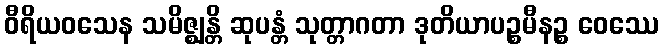
ဝီရိယဝသေန သမိဇ္ဈန္တိ ဆုပန္တံ သုတ္တာဂတာ ဒုတိယာပဉ္စမီနဉ္စ ဝေဿေ